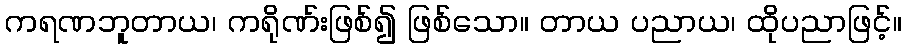
ကရဏဘူတာယ၊ ကရိုဏ်းဖြစ်၍ ဖြစ်သော။ တာယ ပညာယ၊ ထိုပညာဖြင့်။